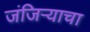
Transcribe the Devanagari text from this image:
जंजिर्‍याचा